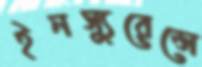
ইনস্যুরেন্সে